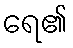
ရေ၏